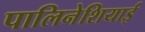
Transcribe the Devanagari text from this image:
पालिनेशियाई